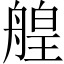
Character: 艎